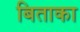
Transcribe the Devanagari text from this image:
बिताका